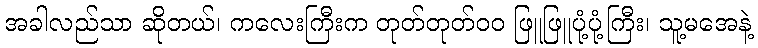
အခါလည်သာ ဆိုတယ်၊ ကလေးကြီးက တုတ်တုတ်၀၀ ဖြူဖြူပုံ့ပုံ့ကြီး၊ သူ့မအေနဲ့